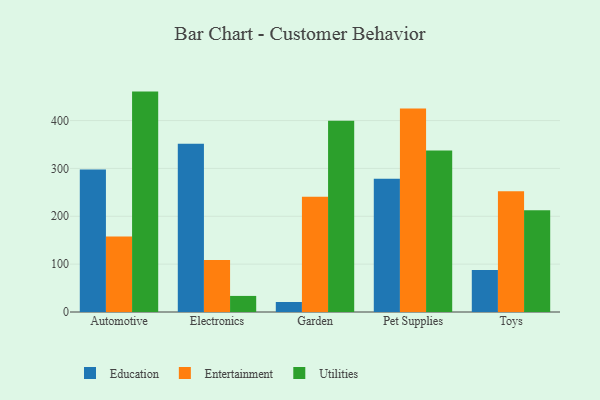
{"axis": {"x": "Category", "y": "Market Share (%)"}, "legend": ["Education", "Entertainment", "Utilities"], "data": [{"x": "Automotive", "y": 297.6, "type": "Education"}, {"x": "Automotive", "y": 157.9, "type": "Entertainment"}, {"x": "Automotive", "y": 460.5, "type": "Utilities"}, {"x": "Electronics", "y": 351.7, "type": "Education"}, {"x": "Electronics", "y": 108.9, "type": "Entertainment"}, {"x": "Electronics", "y": 33.6, "type": "Utilities"}, {"x": "Garden", "y": 20.9, "type": "Education"}, {"x": "Garden", "y": 241.0, "type": "Entertainment"}, {"x": "Garden", "y": 399.4, "type": "Utilities"}, {"x": "Pet Supplies", "y": 278.2, "type": "Education"}, {"x": "Pet Supplies", "y": 425.3, "type": "Entertainment"}, {"x": "Pet Supplies", "y": 337.3, "type": "Utilities"}, {"x": "Toys", "y": 87.6, "type": "Education"}, {"x": "Toys", "y": 252.5, "type": "Entertainment"}, {"x": "Toys", "y": 212.4, "type": "Utilities"}]}